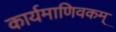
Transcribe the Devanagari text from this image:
कार्यमाणिवकम्